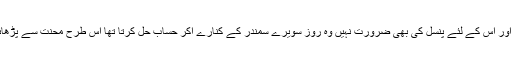
ریت کی اتنی بڑی سلیٹ اور ٹوٹنے کا بھی ڈر نہیں اور اس کے لئے پنسل کی بھی ضرورت نہیں وہ روز سویرے سمندر کے کنارے آکر حساب حل کرتا تھا اس طرح محنت سے پڑھائی کر کے وہ امتحان میں اول نمبر سے کامیاب ہوا ۔